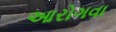
આરોગવા